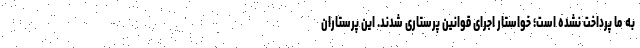
به ما پرداخت نشده است؛ خواستار اجرای قوانین پرستاری شدند. این پرستاران